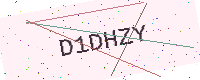
Text: D1DHZY